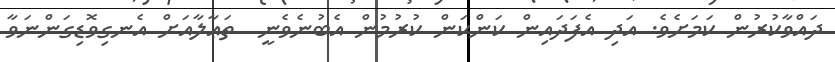
ދައްވާކުރުން ކަމަށެވެ. އަދި އެފަދައިން ކަންކަން ކުރުމުން އެބުނެވެނީ  ތަޢާލާއަށް އެނގިވޮޑިގަންނަވާ